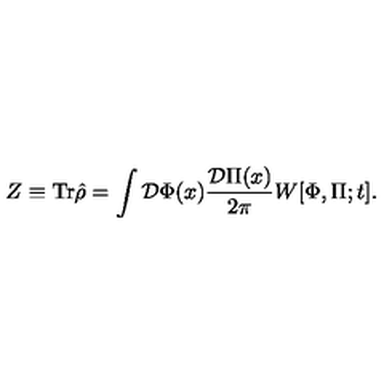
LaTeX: Z \equiv \mathrm { T r } \hat { \rho } = \int { \cal D } \Phi ( x ) { \frac { { \cal D } \Pi ( x ) } { 2 \pi } } W [ \Phi , \Pi ; t ] .